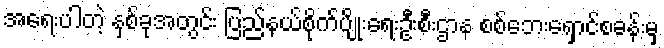
အရေးပါတဲ့ နှစ်ခုအတွင်း ပြည်နယ်စိုက်ပျိုးရေးဦးစီးဌာန စစ်ဘေးရှောင်စခန်းမှ